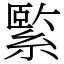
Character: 𦃂